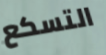
التسكع